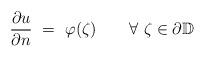
LaTeX: \begin{align*}\frac{\partial u}{\partial n}\ =\ \varphi(\zeta) \quad\quad\forall\ \zeta\in\partial\mathbb D\end{align*}